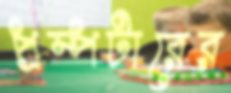
প্রম্পটারের